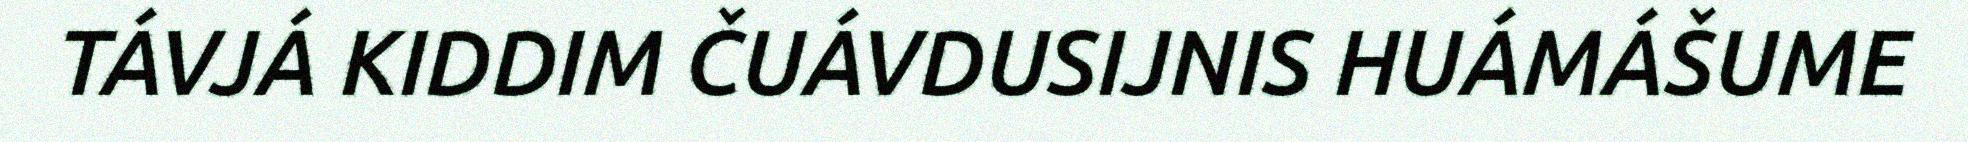
TÁVJÁ KIDDIM ČUÁVDUSIJNIS HUÁMÁŠUME